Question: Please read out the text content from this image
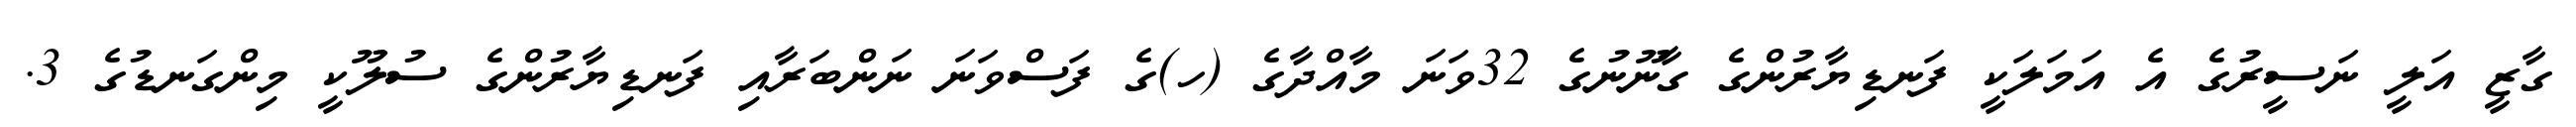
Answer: ގާޒީ އަލީ ނަސީރުގެ އެ އަމަލަކީ ފަނޑިޔާރުންގެ ގާނޫނުގެ 32ވަނަ މާއްދާގެ (ހ)ގެ ފަސްވަނަ ނަންބަރާއި ފަނޑިޔާރުންގެ ސުލޫކީ މިންގަނޑުގެ 3.